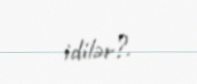
idilər?.